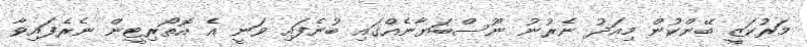
މަރުކަޒީ ބޭންކުން މިއަދު ނެރުނު ނޫސްބަޔާނެއްގައި ބުނެފައި ވަނީ އެ އޮތޯރިޓީން ނެރެފައިވާ